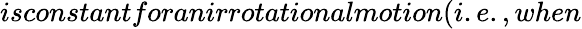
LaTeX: isconstantforanirrotationalmotion(i.e.,when